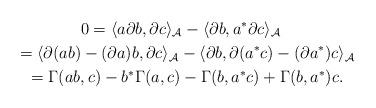
LaTeX: \begin{gather*}0=\langle a{\partial} b,{\partial} c\rangle_{\mathcal A}-\langle{\partial} b,a^*{\partial} c\rangle_{\mathcal A}\\\phantom{0}=\langle{\partial}(ab)-({\partial} a)b,{\partial} c\rangle_{\mathcal A}-\langle{\partial} b,{\partial}(a^*c)-({\partial} a^*)c\rangle_{\mathcal A}\\\phantom{0}=\Gamma(ab, c)-b^*\Gamma(a, c)-\Gamma(b, a^*c)+ \Gamma(b, a^*) c.\end{gather*}